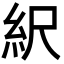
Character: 䋇